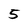
Character: 5